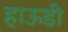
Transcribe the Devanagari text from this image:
हाऊडी